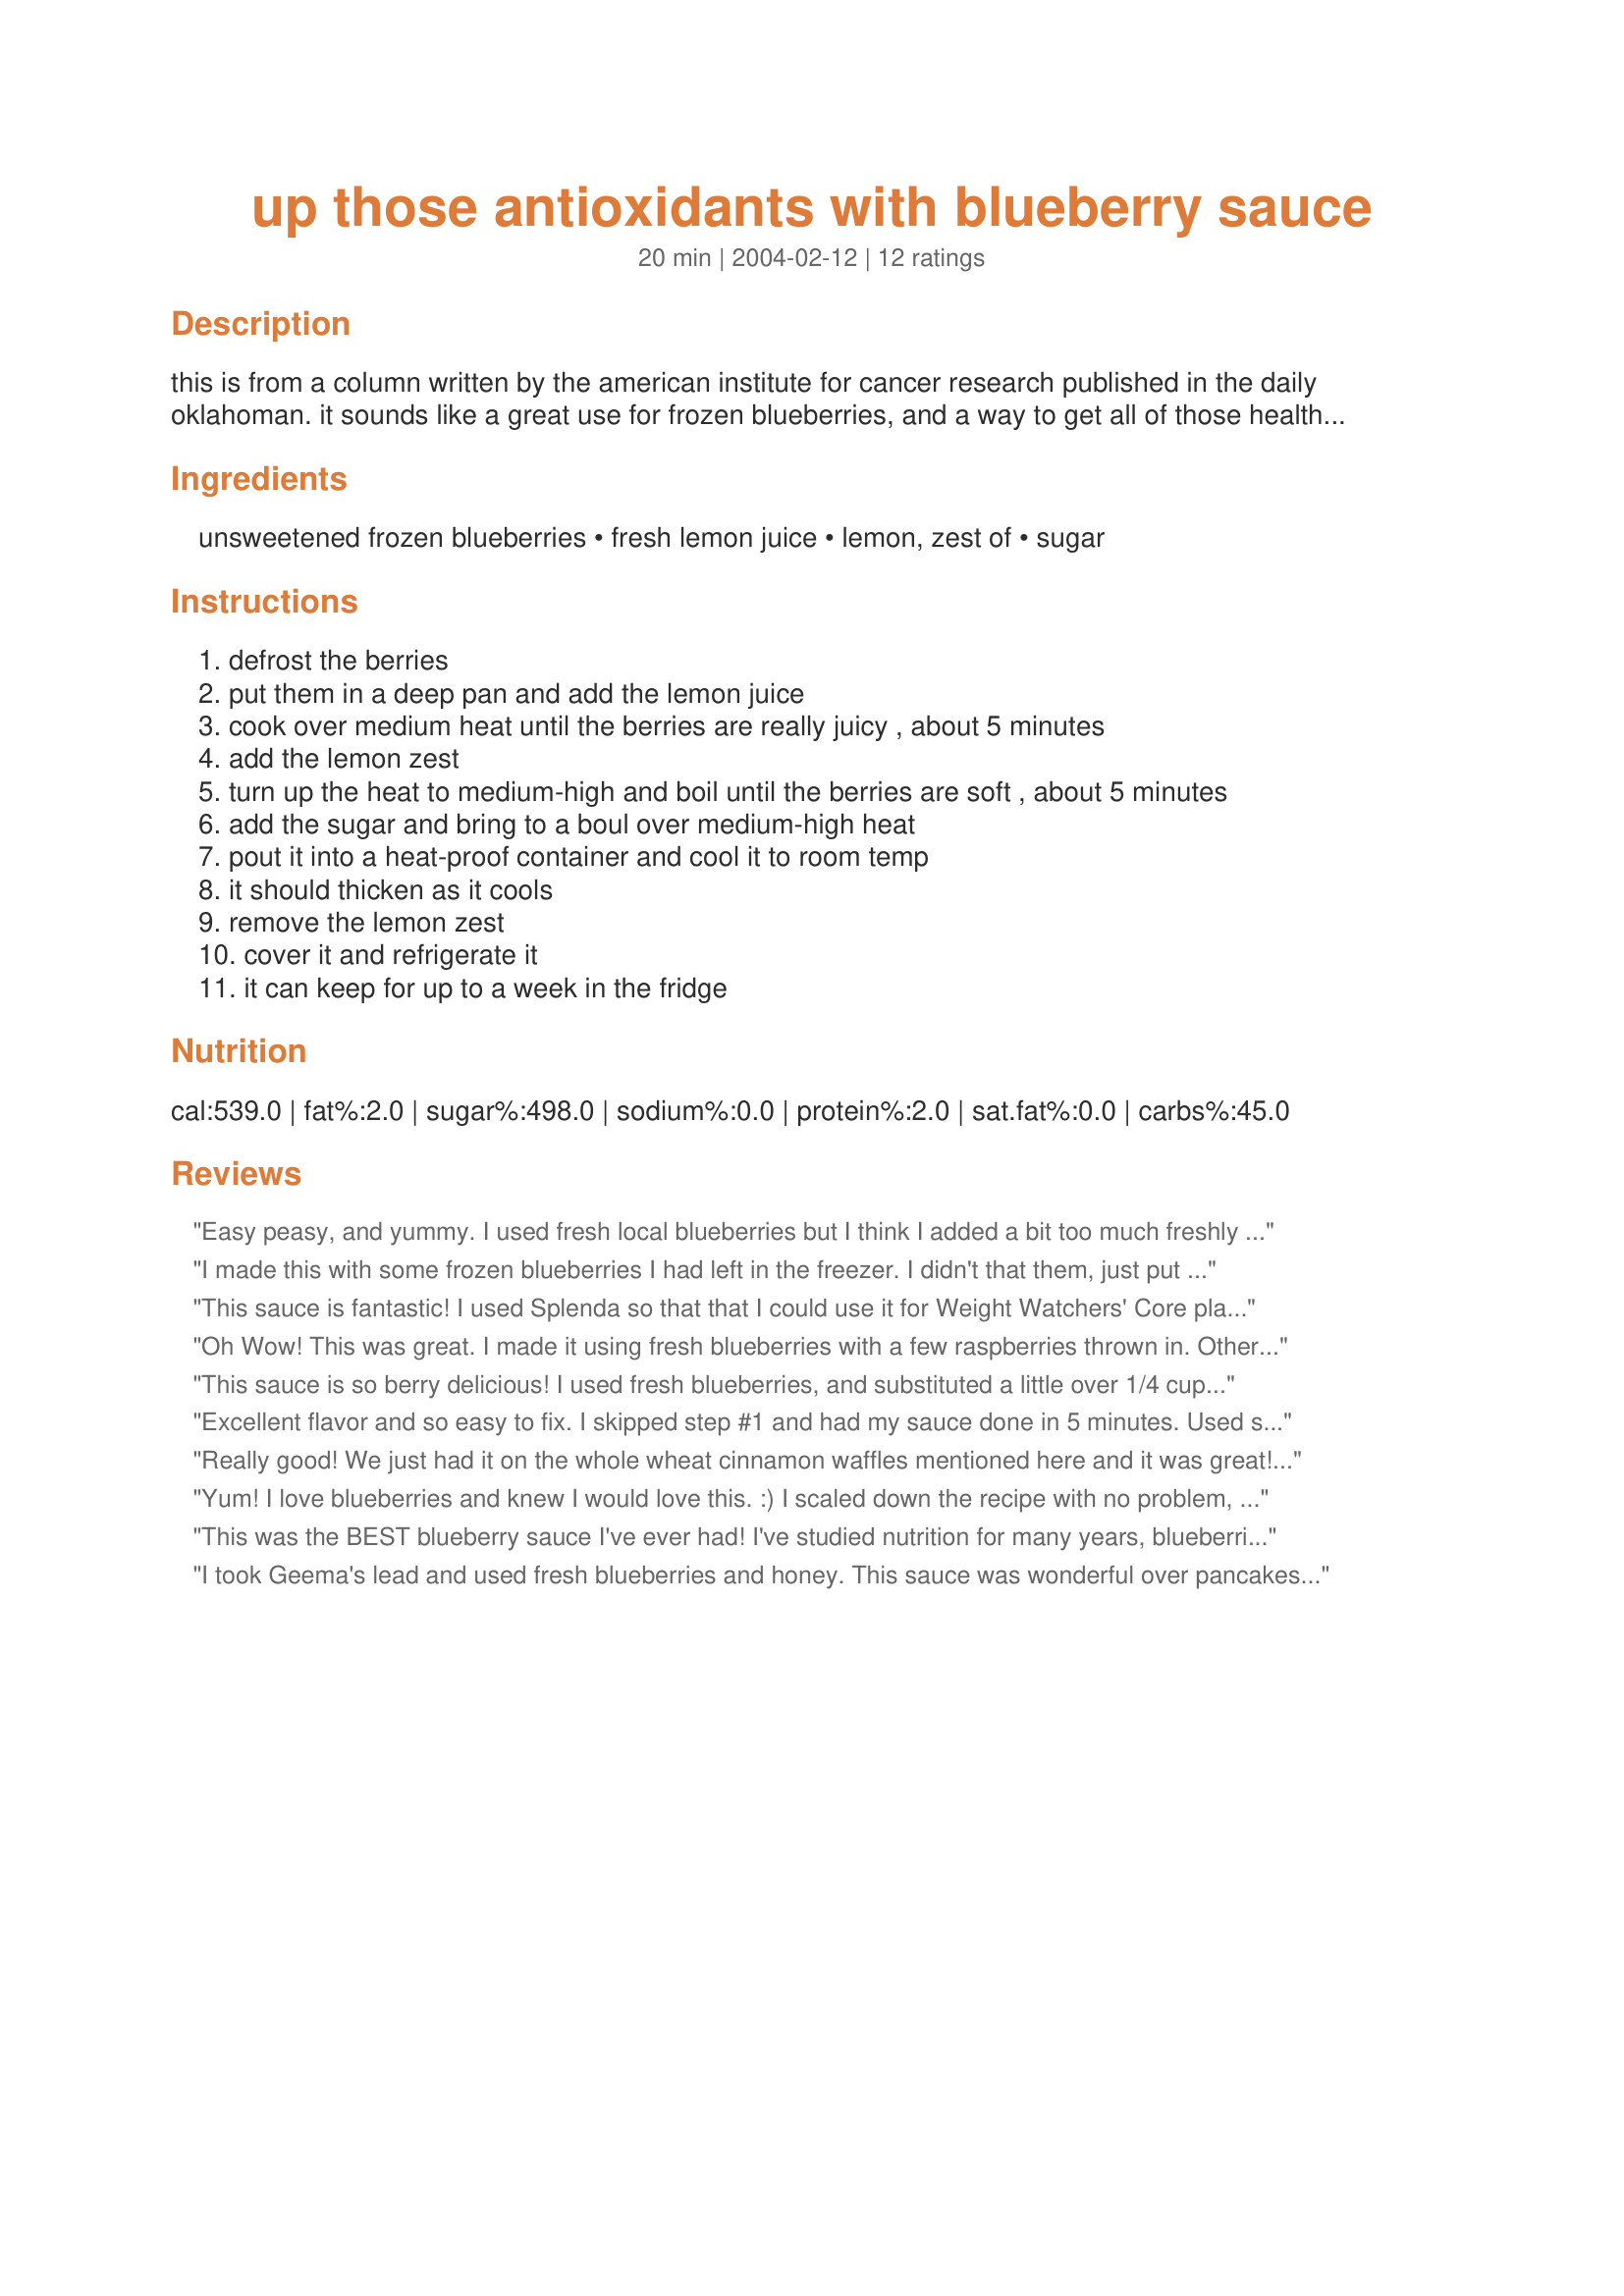
up those antioxidants with blueberry sauce
Preparation time: 20 minutes

this is from a column written by the american institute for cancer research published in the daily oklahoman. it sounds like a great use for frozen blueberries, and a way to get all of those healthy anti-oxidants!

Ingredients:
unsweetened frozen blueberries, fresh lemon juice, lemon, zest of, sugar

Steps:
defrost the berries
put them in a deep pan and add the lemon juice
cook over medium heat until the berries are really juicy , about 5 minutes
add the lemon zest
turn up the heat to medium-high and boil until the berries are soft , about 5 minutes
add the sugar and bring to a boul over medium-high heat
pout it into a heat-proof container and cool it to room temp
it should thicken as it cools
remove the lemon zest
cover it and refrigerate it
it can keep for up to a week in the fridge

Reviews:
Easy peasy, and yummy. I used fresh local blueberries but I think I added a bit too much freshly squeezed organic lemon juice and ours wasn&#039;t as sweet as it was meant to be but it was still good. I served this at room temperature overtop of a recipe I intend to post for a lightly chilled lebneh (an Middle Eastern cream cheese) cheese cake which I added close to serving time. It was excellent. I used organic lemon zest and organic cane sugar. I may make this again to go over some vanilla ice cream!
I made this with some frozen blueberries I had left in the freezer. I didn't that them, just put them in the pot and followed the recipe directions. This is so easy to make and so delicious! Very fresh flavour! Perfect consistency. I served it over vanilla ice-cream. Absolutely wonderful!
This sauce is fantastic! I used Splenda so that that I could use it for Weight Watchers' Core plan. I plan to try it with some cheesecake pudding. I halved the recipe, thinking it would be too much for just me, but I definitely could have made the full amount! Thanks for the recipe! Made for Healthy Choices ABC.
Oh Wow! This was great. I made it using fresh blueberries with a few raspberries thrown in. Otherwise I followed the recipe exactly. We ate it over pancakes and three of us finished it off!! Nothing left to go in the fridge.
This sauce is so berry delicious! I used fresh blueberries, and substituted a little over 1/4 cup honey for the sugar. The lemon juice and zest made such a difference in this sauce, providing a really refreshing taste to compliment the sweetness. This sauce smells terrific too. Ladypit, my DH just loves this sauce...thanks.
Excellent flavor and so easy to fix. I skipped step #1 and had my sauce done in 5 minutes. Used splenda for the sweetner and 1 teaspoon of cornstarch to thicken up a bit. If you use the cornstarch be sure and add with all the ingredients and stir to dissolve before heating. I used this on top of #248423 Healthy Protein Cheese Cake. This was a match made in heaven for my diet. Thanks ladypit.
Really good! We just had it on the whole wheat cinnamon waffles mentioned here and it was great! Thanks for the idea! I didn't have lemon zest or fresh lemon juice...used "Real Lemon". It still was yummy! And really easy! I'm looking forward to trying it on icecream too.
Yum! I love blueberries and knew I would love this. :) I scaled down the recipe with no problem, and they sat for about 10 minutes while I made Recipe #89327, so it was pretty thick. Delish!
This was the BEST blueberry sauce I've ever had! I've studied nutrition for many years, blueberries are one of the top 5 healthiest foods to eat to prevent cancer, along with garlic, broccoli,onions,& cabbage...I always look for recipes that are easy, delicious & healthy; this was all three. We had this over pancakes, it was fantastic; we'll be making this often. Thanks
I took Geema's lead and used fresh blueberries and honey. This sauce was wonderful over pancakes. I think I will use leftovers to serve over frozen vanilla yogurt.
Fabulous! Looks like this is going to be a new standard in my fridge! The kids and I loved this on pancakes, French toast and especially <a href="/108397">Whole-Wheat Cinnamon Waffles</a>. A hint of lemon livens up the sauce without overpowering the blueberry flavor. Would be amazing on all kinds of things like lemon pound cake, plain yogurt or oatmeal, to name just a few. Thanks, Jen, for sharing the recipe!
This was great! I used it on pancakes, but I think it will be fantastic over cheesecake or like South Carolina Girl mentions, some cheesecake pudding...among many other possibilities! Thanks for sharing!
